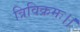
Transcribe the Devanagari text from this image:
त्रिविक्रमः।।